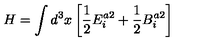
H = \int d ^ { 3 } x \left[ { \frac { 1 } { 2 } } E _ { i } ^ { a 2 } + { \frac { 1 } { 2 } } B _ { i } ^ { a 2 } \right]